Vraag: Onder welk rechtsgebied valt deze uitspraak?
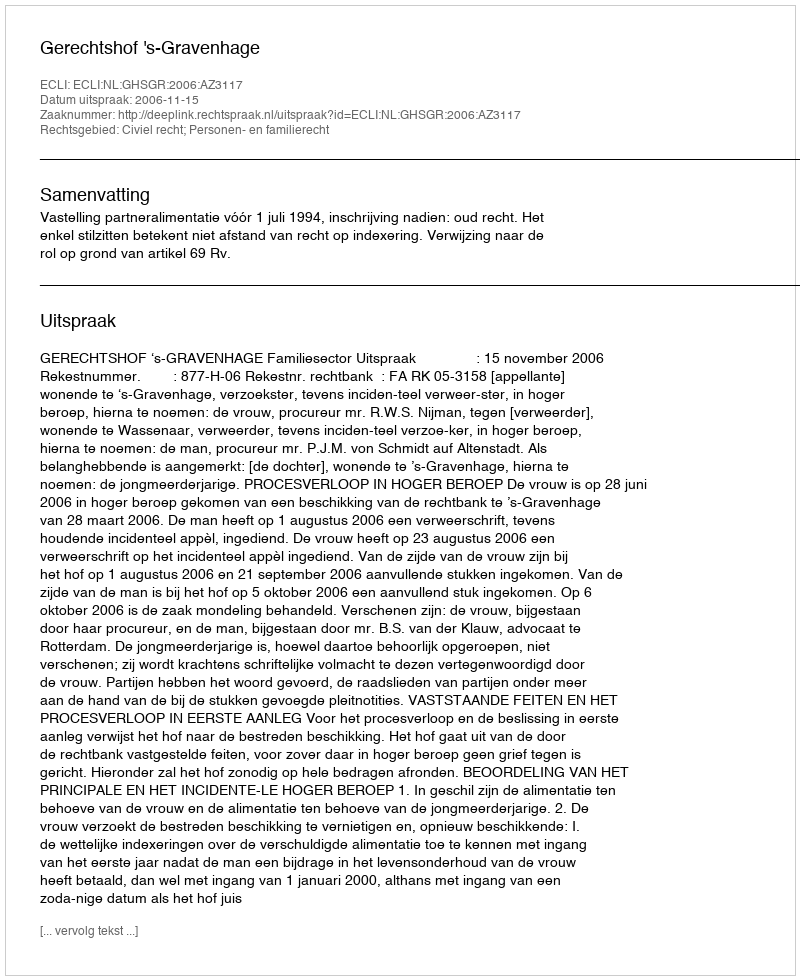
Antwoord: Civiel recht; Personen- en familierecht